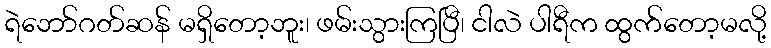
ရဲဘော်ဂတ်ဆန် မရှိတော့ဘူး၊ ဖမ်းသွားကြပြီ၊ ငါလဲ ပါရီက ထွက်တော့မလို့